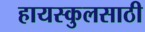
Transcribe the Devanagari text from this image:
हायस्‍कुलसाठी